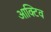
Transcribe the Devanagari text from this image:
आक्टिव